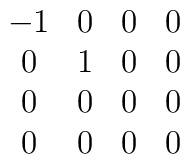
\begin{array}{cccc}  -1 & 0 & 0 & 0 \\   0 & 1 & 0 & 0 \\   0 & 0 & 0 & 0 \\  0 & 0 & 0 & 0 \end{array}